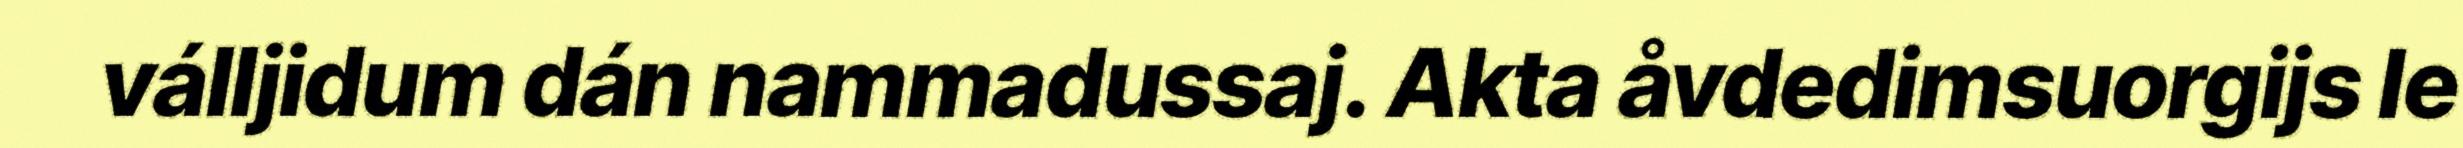
válljidum dán nammadussaj. Akta åvdedimsuorgijs le